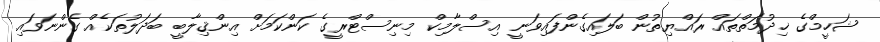
ޝަހީމްގެ ޚިދުމަތްތައް ރައްޔިތުން ބަލައިގެންފައިވަނީ އިސްލާމިކް މިނިސްޓްރީގެ ކަންކަމަށް އިންޤިލާބީ ބަދަލުތަކެއް ގެންނަވައި